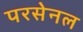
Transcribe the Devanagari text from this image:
परसेनल